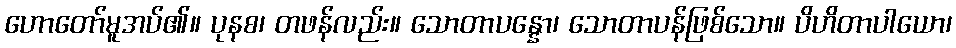
ဟောတော်မူအပ်၏။ ပုနစ၊ တဖန်လည်း။ သောတာပန္နော၊ သောတာပန်ဖြစ်သော။ ပိဟိတာပါယော၊